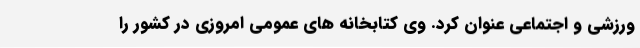
ورزشی و اجتماعی عنوان کرد. وی کتابخانه های عمومی امروزی در کشور را